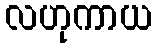
လဟုကာယ